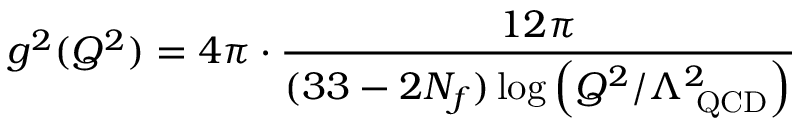
g ^ { 2 } ( Q ^ { 2 } ) = 4 \pi \cdot \frac { 1 2 \pi } { \displaystyle ( 3 3 - 2 N _ { f } ) \log \left( Q ^ { 2 } / \Lambda _ { \mathrm { \small ~ Q C D } } ^ { 2 } \right) }